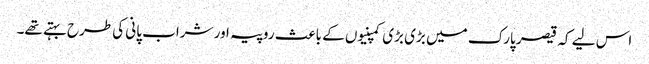
اس لیے کہ قیصر پارک میں بڑی بڑی کمپنیوں کے باعث روپیہ اور شراب پانی کی طرح بہتے تھے۔